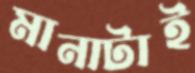
মানাটাই